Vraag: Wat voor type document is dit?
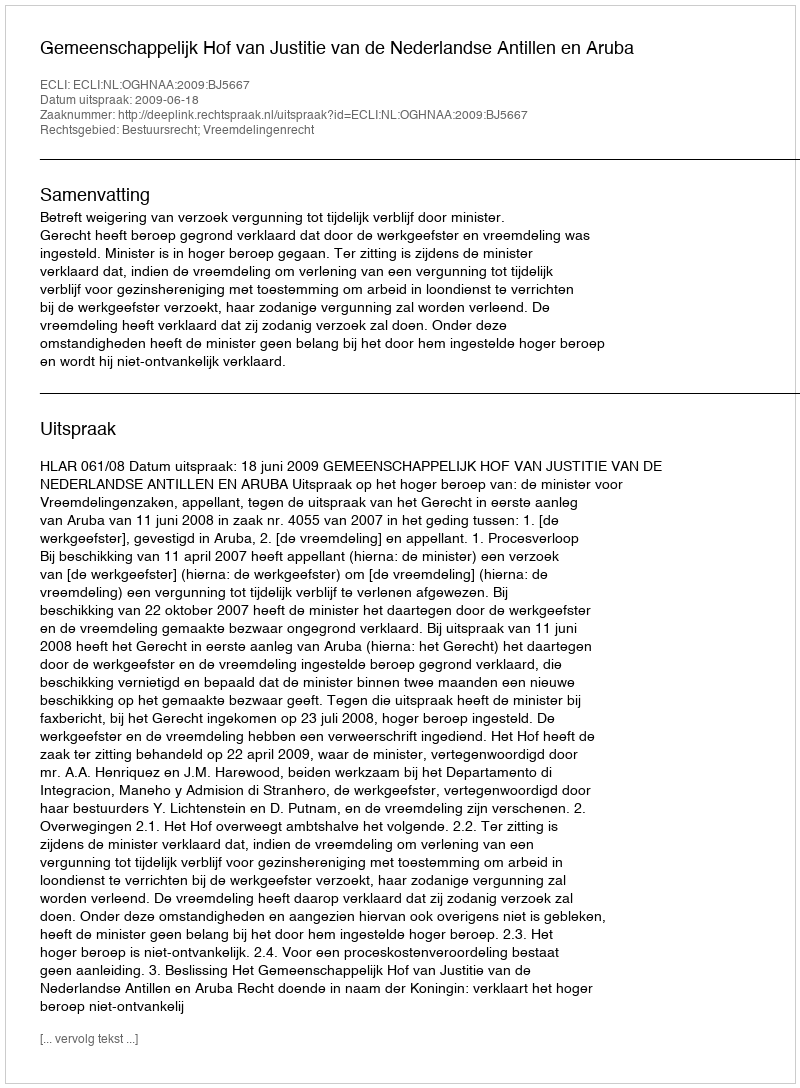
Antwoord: Uitspraak